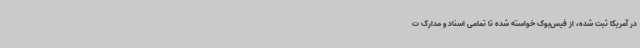
در آمریکا ثبت شده، از فیس‌بوک خواسته شده تا تمامی اسناد و مدارک ت